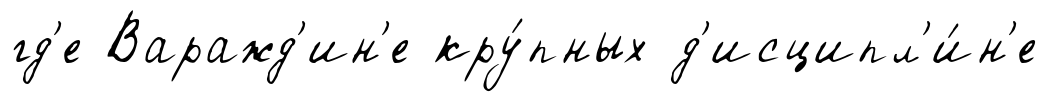
гд'е Варажд'ин'е кру́пных д'исципл'и́н'е